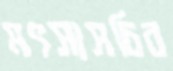
মৎস্যসচিব